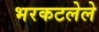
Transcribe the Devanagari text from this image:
भरकटलेले